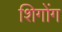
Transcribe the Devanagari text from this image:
शिगोंग